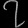
Digit: ၇